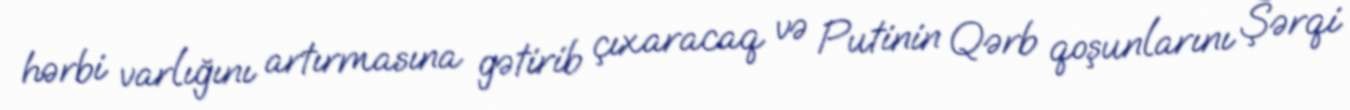
hərbi varlığını artırmasına gətirib çıxaracaq və Putinin Qərb qoşunlarını Şərqi